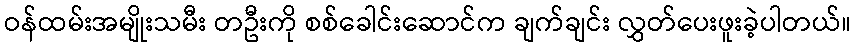
ဝန်ထမ်းအမျိုးသမီး တဦးကို စစ်ခေါင်းဆောင်က ချက်ချင်း လွှတ်ပေးဖူးခဲ့ပါတယ်။